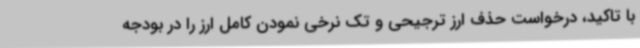
با تاکید، درخواست حذف ارز ترجیحی و تک نرخی نمودن کامل ارز را در بودجه